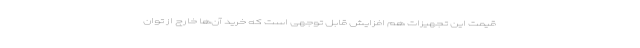
قیمت این تجهیزات هم افزایش قابل توجهی است که خرید آن‌ها خارج از توان